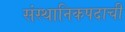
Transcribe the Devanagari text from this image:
संस्थानिकपदाची